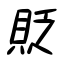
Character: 貶